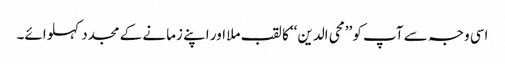
اسی وجہ سے آپ کو ’’محی الدین‘‘ کا لقب ملا اور اپنے زمانے کے مجدد کہلوائے۔